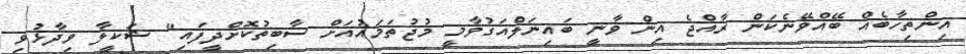
އިންތިހާބެއް ބޭއްވޭނެކަން ރާއްޖެ އިން ވާނީ ބައިނަލްއަގުވާމީ މުޖުތަމައުއަށް ސާބިތުކޮށްދީފައި" ޝަކީލާ ވިދާޅުވި